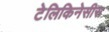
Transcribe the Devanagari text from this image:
टेलिकिनेसीस